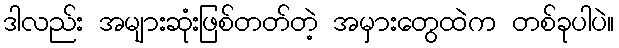
ဒါလည်း အများဆုံးဖြစ်တတ်တဲ့ အမှားတွေထဲက တစ်ခုပါပဲ။